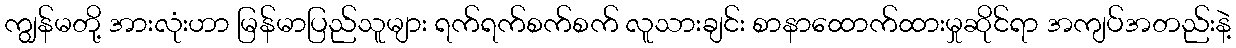
ကျွန်မတို့ အားလုံးဟာ မြန်မာပြည်သူများ ရက်ရက်စက်စက် လူသားချင်း စာနာထောက်ထားမှုဆိုင်ရာ အကျပ်အတည်းနဲ့